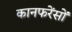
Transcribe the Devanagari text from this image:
कानफरेंसों